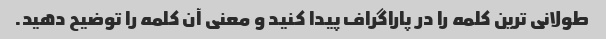
طولانی ترین کلمه را در پاراگراف پیدا کنید و معنی آن کلمه را توضیح دهید.